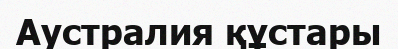
Аустралия құстары